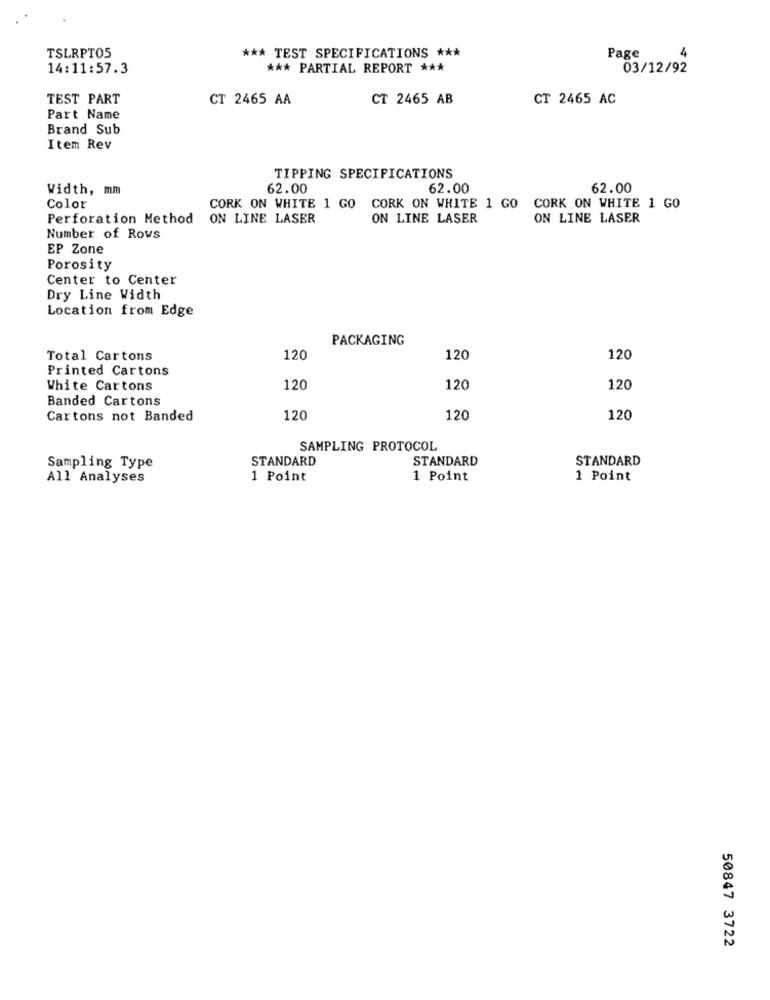
*** TEST SPECIFICATIONS ***
TSLRPT05
Page
4
14:11:57.3
*** PARTIAL REPORT ***
03/12/92
TEST PART
CT 2465 AA
CT 2465 AB
CT 2465 AC
Part Name
Brand Sub
Item Rev
TIPPING SPECIFICATIONS
Width, mm
62.00
62.00
62.00
Color
CORK ON WHITE 1 GO CORK ON WHITE 1 GO CORK ON WHITE 1 GO
Perforation Method
ON LINE LASER
ON LINE LASER
ON LINE LASER
Number of Rows
EP Zone
Porosity
Center to Center
Dry Line Width
Location from Edge
PACKAGING
Total Cartons
120
120
120
Printed Cartons
White Cartons
120
120
120
Banded Cartons
Cartons not Banded
120
120
120
SAMPLING PROTOCOL
STANDARD
STANDARD
STANDARD
Sampling Type
All Analyses
1 Point
1 Point
1 Point
50847 3722